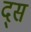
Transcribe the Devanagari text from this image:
द्स